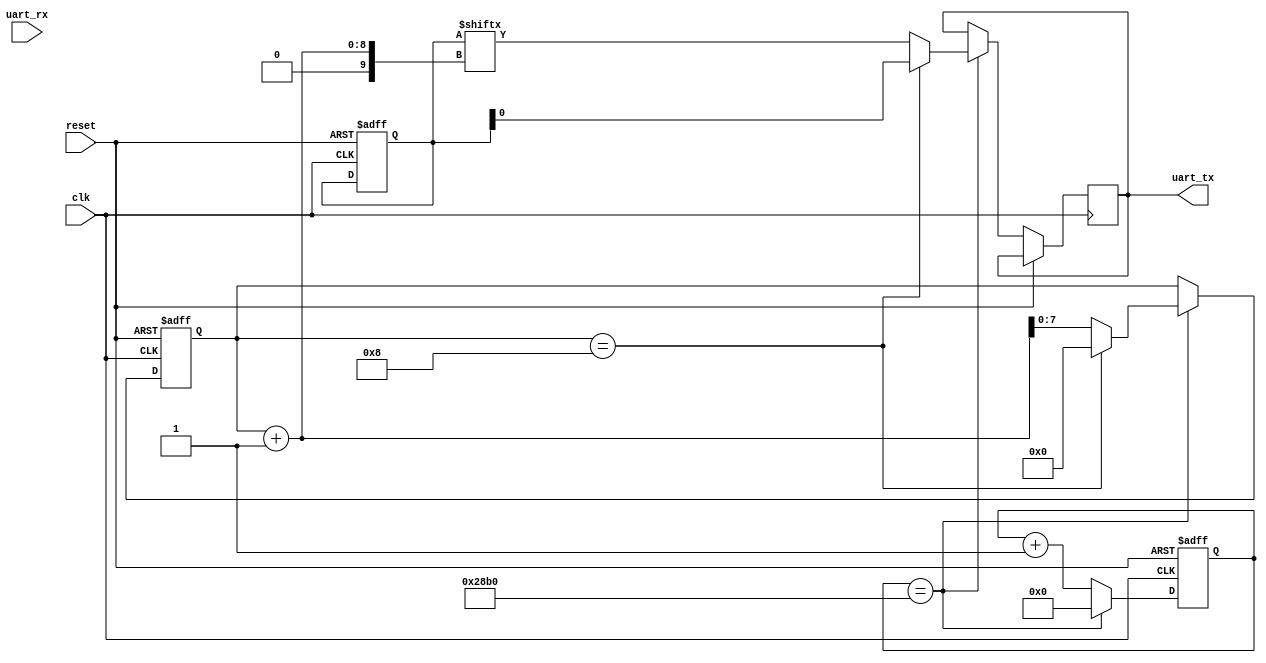
module uart_timing_control_and_synchronization (
    input wire clk,
    input wire reset,
    input wire uart_rx,
    output wire uart_tx
);

// Define parameters for baud rate and clock domains
parameter BAUD_RATE = 9600;
parameter SYSTEM_CLK_FREQ = 100000000;

// Define FIFO buffers for incoming and outgoing data
reg [7:0] rx_fifo;
reg [7:0] tx_fifo;

// Define state variables for timing control and synchronization
reg [31:0] sample_counter;
reg [31:0] baud_counter;
reg [7:0] bit_counter;
reg [7:0] rx_data;
reg [7:0] tx_data;

// Define synchronization process
always @(posedge clk or posedge reset) begin
    if (reset) begin
        sample_counter <= 0;
        baud_counter <= 0;
        bit_counter <= 0;
        rx_data <= 8'b0;
        tx_data <= 8'b0;
    end else begin
        // Sample incoming data at correct rate
        if (sample_counter == SYSTEM_CLK_FREQ / (BAUD_RATE * 10)) begin
            rx_data <= {rx_data[6:0], uart_rx};
            sample_counter <= 0;
        end else begin
            sample_counter <= sample_counter + 1;
        end
        
        // Generate baud rate for outgoing data
        if (baud_counter == SYSTEM_CLK_FREQ / BAUD_RATE) begin
            // Transmit data at correct rate
            if (bit_counter == 8) begin
                uart_tx <= tx_data[0];
                bit_counter <= 0;
            end else begin
                uart_tx <= tx_data[bit_counter + 1];
                bit_counter <= bit_counter + 1;
            end
            baud_counter <= 0;
        end else begin
            baud_counter <= baud_counter + 1;
        end
    end
end

// Define error detection/correction process
// This process can be implemented as needed based on the specific requirements of the UART bus controller

endmodule